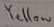
Text: Yellow